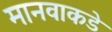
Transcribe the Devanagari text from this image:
मानवाकडे